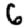
Digit: 6